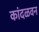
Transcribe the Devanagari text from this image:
कांदळवन